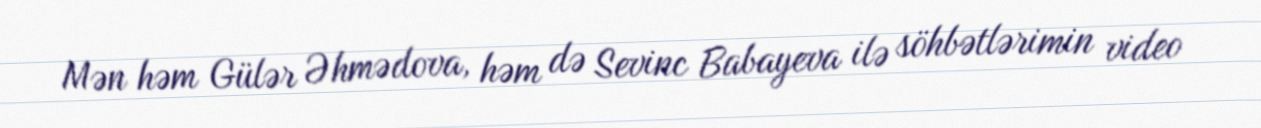
Mən həm Gülər Əhmədova, həm də Sevinc Babayeva ilə söhbətlərimin video